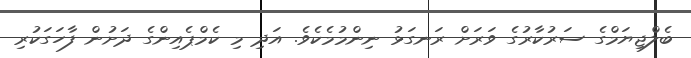
ބެލްޖިޔަމްގެ ސަރުކާރުގެ ވަރަށް ރަނގަޅު ނިންމުމެކެވެ. އަދި މި ކެމްޕެއިންގެ ދަށުން ފާހަގަކުރި